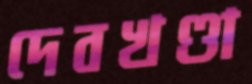
দেবখণ্ডা